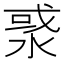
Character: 㳼